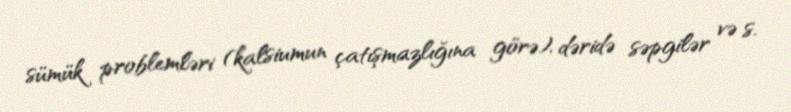
sümük problemləri (kalsiumun çatışmazlığına görə), dəridə səpgilər və s.